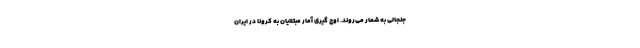
جنجالی به شمار می‌روند. اوج‌ گیری آمار مبتلایان به کرونا در ایران